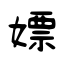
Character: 嫖